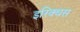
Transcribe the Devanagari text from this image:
इरिक्थस